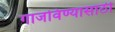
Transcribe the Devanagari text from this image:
गाजविण्यासाठी